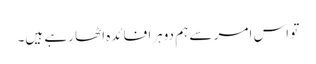
تو اس امر سے ہم دوہرا فائدہ اٹھا رہے ہیں۔